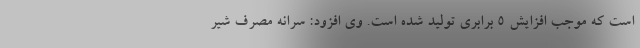
است که موجب افزایش 5 برابری تولید شده است. وی افزود: سرانه مصرف شیر